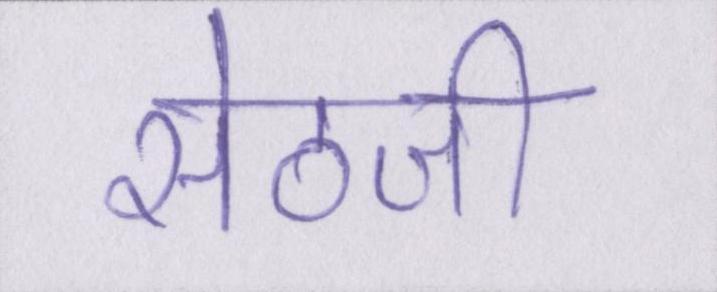
सेठजी